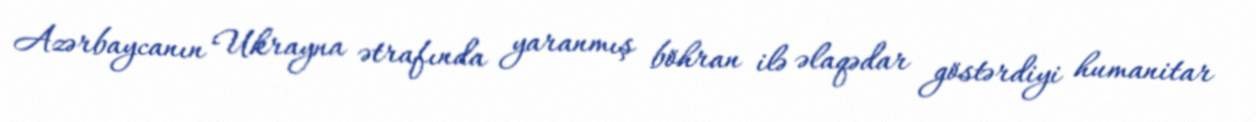
Azərbaycanın Ukrayna ətrafında yaranmış böhran ilə əlaqədar göstərdiyi humanitar